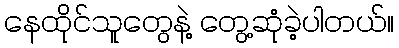
နေထိုင်သူတွေနဲ့ တွေ့ဆုံခဲ့ပါတယ်။